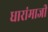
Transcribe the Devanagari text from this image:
धारांमाजी